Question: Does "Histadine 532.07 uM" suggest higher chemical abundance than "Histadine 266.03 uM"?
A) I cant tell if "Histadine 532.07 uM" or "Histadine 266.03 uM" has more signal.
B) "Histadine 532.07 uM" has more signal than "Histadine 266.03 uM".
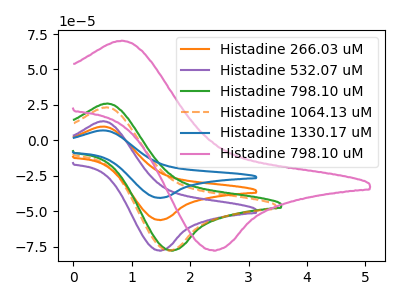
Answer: <think>The orange curve "Histadine 266.03 uM" has an anodic peak at (0.50V, 9.75uA) and a cathodic peak at (1.50V, -56.10uA). The purple curve "Histadine 532.07 uM" has an anodic peak at (0.50V, 13.50uA) and a cathodic peak at (1.50V, -77.65uA). The green curve "Histadine 798.10 uM" has an anodic peak at (0.60V, 26.00uA) and a cathodic peak at (1.70V, -77.60uA). The orange dashed curve "Histadine 1064.13 uM" has an anodic peak at (0.55V, 23.30uA) and a cathodic peak at (1.65V, -77.60uA). The blue curve "Histadine 1330.17 uM" has an anodic peak at (0.50V, 19.55uA) and a cathodic peak at (1.50V, -112.20uA). The pink curve "Histadine 798.10 uM" has an anodic peak at (0.85V, 70.30uA) and a cathodic peak at (2.40V, -77.50uA).
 All the peaks in "Histadine 532.07 uM" have a peak in "Histadine 266.03 uM" at the same potential. Every peak in "Histadine 532.07 uM" is higher than every peak in "Histadine 266.03 uM".</think>
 <answer>B) "Histadine 532.07 uM" has more signal than "Histadine 266.03 uM".</answer>
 <eval>B</eval>